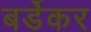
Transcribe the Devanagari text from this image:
बर्डेकर